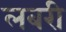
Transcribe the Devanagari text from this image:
लबरी